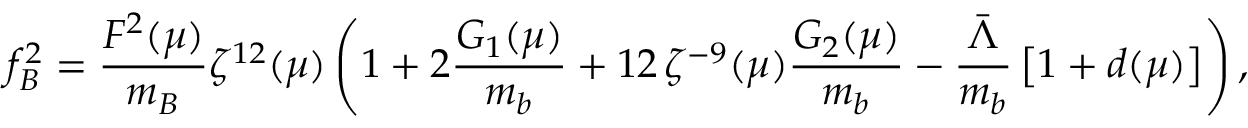
f _ { B } ^ { 2 } = \frac { F ^ { 2 } ( \mu ) } { m _ { B } } \zeta ^ { 1 2 } ( \mu ) \left( 1 + 2 \frac { G _ { 1 } ( \mu ) } { m _ { b } } + 1 2 \, \zeta ^ { - 9 } ( \mu ) \frac { G _ { 2 } ( \mu ) } { m _ { b } } - \frac { \bar { \Lambda } } { m _ { b } } \left[ 1 + d ( \mu ) \right] \right) ,